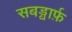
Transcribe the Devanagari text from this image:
सबड्वार्फ़